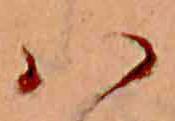
ハ